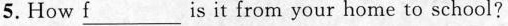
5.How ___fis it from your home to school?